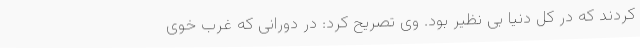
کردند که در کل دنیا بی نظیر بود. وی تصریح کرد: در دورانی که غرب خوی